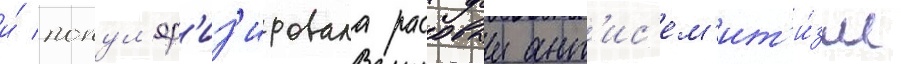
и́ попул'яр'из'ировала расовыи ант'ис'ем'ит'и́зм